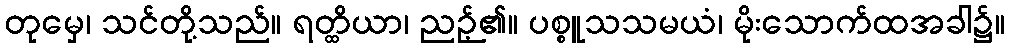
တုမှေ၊ သင်တို့သည်။ ရတ္ထိယာ၊ ညဉ့်၏။ ပစ္စူသသမယံ၊ မိုးသောက်ထအခါ၌။